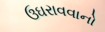
ઉઘરાવવાનો